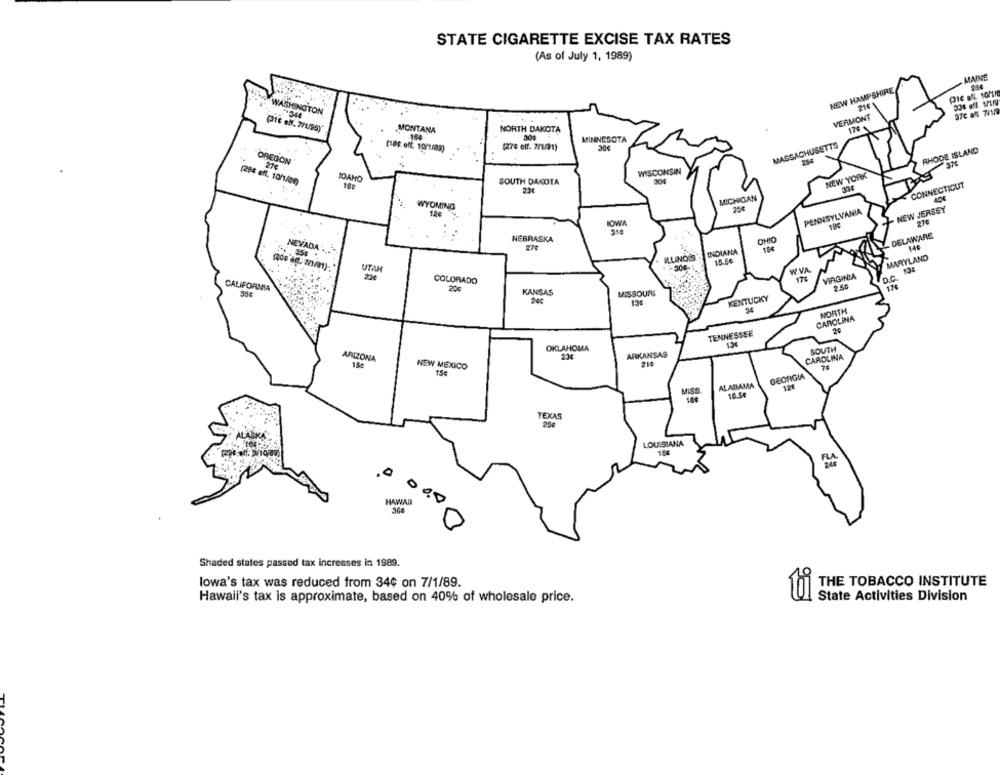
STATE CIGARETTE EXCISE TAX RATES
(As of July 1, 1989)
MAINE
NEW HAMPSHIRE
WASHINGTON
VERMONT
370 MM 7
(tt eff. 771/95)*
MONTANA
NORTH DAKOTA
164
MINNESOTA
(are etf. 2/1/21)
30€
MASSACHUSETTS
RHODE ISLAND
OREGON
37
Ste
WISCONSIN
IDAHO
NEW YORK
(284 eff. 10/1/09)
SOUTH DAKOTA
CONNECTICUT
23€
MICHIGAN
WYOMING
PENNSYLVANIA
- NEW JERSEY
12e
276
DELAWARE
NEBRASKA
OHIO
NEVADA :
278
35: .
INDIANA
MARYLAND
15.56
(200 6 291)
UTAH
W.VA
23€
COLORADO
VIRGINIA
CALIFORNIA
20€
17€
KANSAS
MISSOURI
240
134
KENTUCKY
NORTH
CAROLINA
TENNESSEE
13€
OKLAHOMA
SOUTH
ARKANSAS
CAROLINA
ARIZONA
NEW MEXICO
216
15€
GEORGIA
ALABAMA
124
MISS
16 50
10€
TEXAS
ALASKA'
LOUISIANA
15€
HAWAII
36
Shaded states passed tax increases in 1989.
THE TOBACCO INSTITUTE
lowa's tax was reduced from 34¢ on 7/1/89.
State Activities Division
Hawall's tax is approximate, based on 40% of wholesale price.